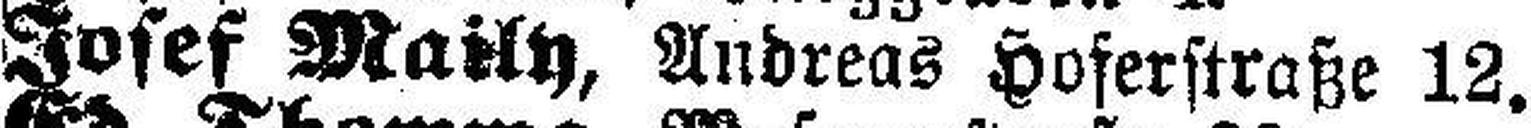
Josef Mailh, Andreas Hoferstraße 12.